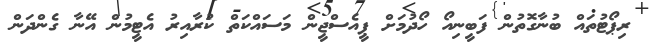
ރިޕޯޓުތައް ބުނާގޮތުން ފަބީނިއޯ ހޯދުމަށް ޕީއެސްޖީން މަސައްކަތް ކުރާއިރު އެޓީމުން އޭނާ ގެންދަން